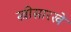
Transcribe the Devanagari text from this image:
स्त्रीसारखे